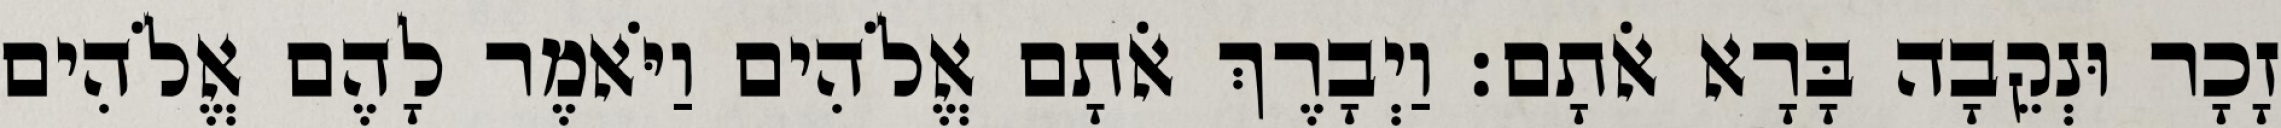
זָכָר וּנְקֵבָה בָּרָא אֹתָם׃ וַיְבָרֶךְ אֹתָם אֱלֹהִים וַיֹּאמֶר לָהֶם אֱלֹהִים